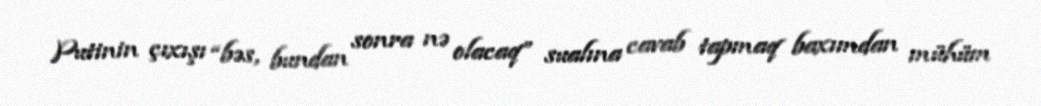
Putinin çıxışı “bəs, bundan sonra nə olacaq” sualına cavab tapmaq baxımdan mühüm